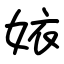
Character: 㛄